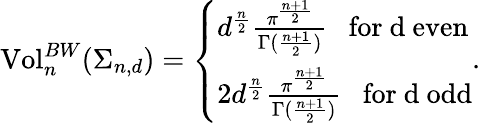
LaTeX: \begin{array}{r}{\mathrm{Vol}_{n}^{BW}(\Sigma_{n,d})=\left\{ \begin{array}{ll}{d^{\frac{n}{2}}\frac{\pi^{\frac{n+1}{2}}}{\Gamma(\frac{n+1}{2})}\ \ \ \mathrm{for~d~even}}\\ {2d^{\frac{n}{2}}\frac{\pi^{\frac{n+1}{2}}}{\Gamma(\frac{n+1}{2})}\ \ \ \mathrm{for~d~odd}}\end{array}\right..}\end{array}